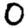
Digit: 0